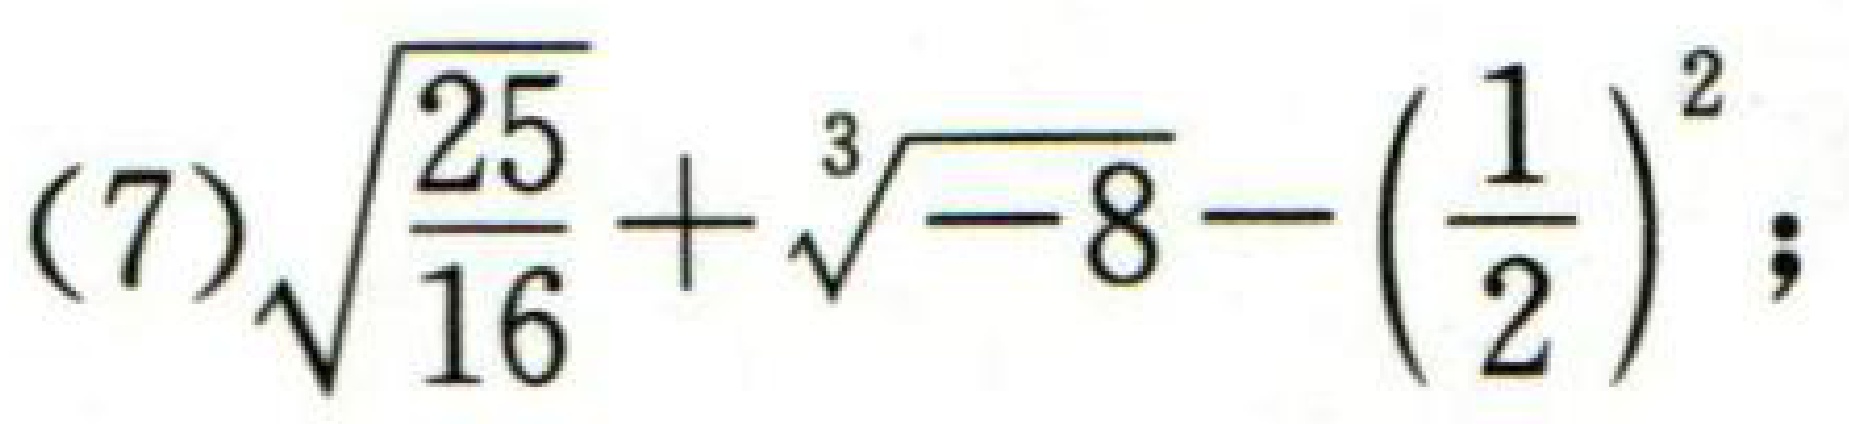
(7)$\sqrt{\dfrac{25}{16}}+\sqrt[3]{-8}-\left(\dfrac{1}{2}\right)^{2};$